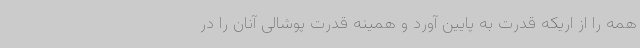
همه را از اریکه قدرت به پایین آورد و همینه قدرت پوشالی آنان را در